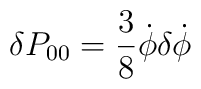
\delta P_{00}=\frac{3}{8}\dot \phi\delta\dot\phi